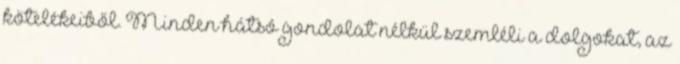
kötelékeiből. Minden hátsó gondolat nélkül szemléli a dolgokat, az